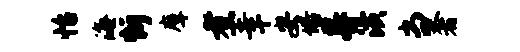
怡海忻摩煮幸安培晷潢当奢